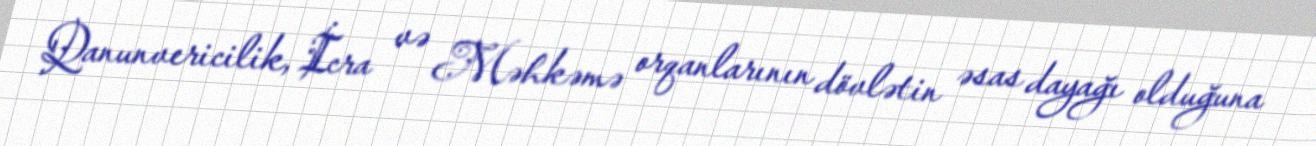
Qanunvericilik, İcra və Məhkəmə orqanlarının dövlətin əsas dayağı olduğuna